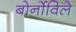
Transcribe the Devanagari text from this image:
बोर्नोविले